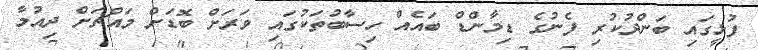
ފުޅީގައި ބަންދުކުރި ފެނުގެ ޑިމާންޑް ބައެއް ހިސާބުތަކުގައި ވަރަށް ބޮޑަށް މައްޗަށް ދިއުމާ